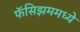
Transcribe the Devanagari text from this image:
फॅसिझममध्ये